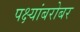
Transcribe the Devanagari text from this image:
पक्ष्यांबरोबर